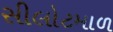
સીલોટમાળ